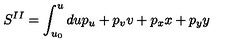
S ^ { I I } = \int _ { u _ { 0 } } ^ { u } d u p _ { u } + p _ { v } v + p _ { x } x + p _ { y } y